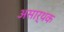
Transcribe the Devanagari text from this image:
असार्थक